Vaccination United Provinces of Agra and Oudh 1914-1922 - 1914-1922
Year: 1914
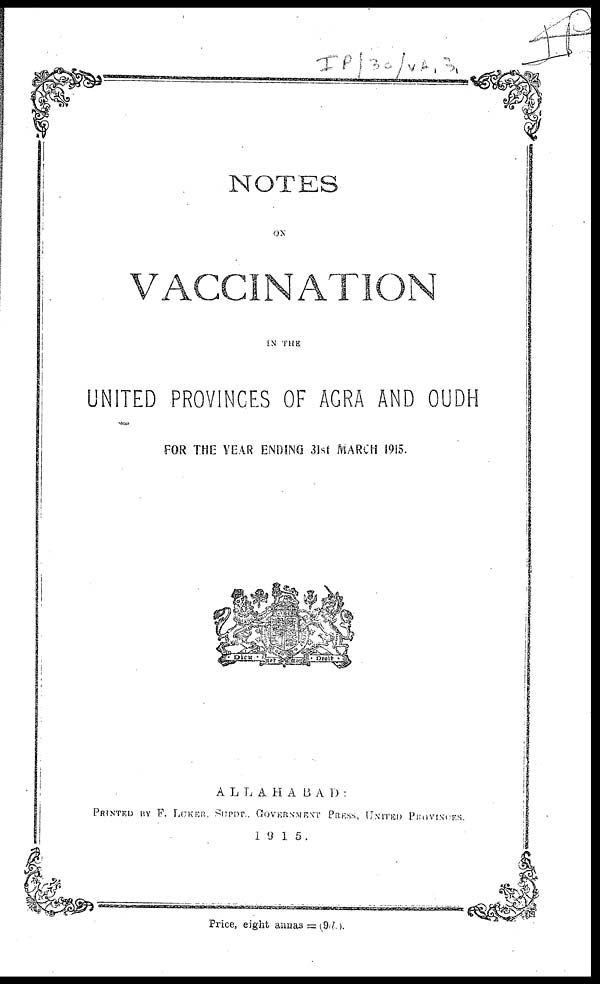
NOTES
ON
VACCINATION
IN THE
UNITED PROVINCES OF AGRA AND OUDH
FOR THE YEAR ENDING 31st MARCH 1915.
ALLAHABAD:
PRINTED BY F. LUKER. SUPDT., GOVERNMENT PRESS, UNITED PROVINCES.
1915.
Price, eight annas = (9d.).